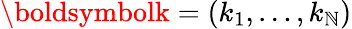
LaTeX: {\boldsymbolk}=(k_{1},\dots,k_{\mathbb{N}})